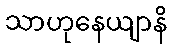
သာဟုနေယျာနိ